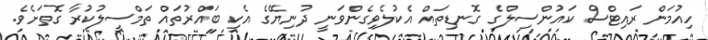
ހިއުމަން ރައިޓްސް ކައުންސިލްގެ ގޮނޑިތައް އެކުލެވިގެންވަނީ ދުނިޔޭގެ އެކި ބައްރުތައް ތަމްސީލުކުރާ ގޮތަށެވެ.